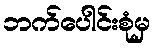
ဘက်ပေါင်းစုံမှ